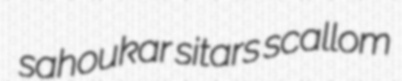
sahoukar sitars scallom